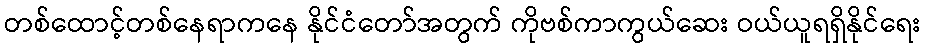
တစ်ထောင့်တစ်နေရာကနေ နိုင်ငံတော်အတွက် ကိုဗစ်ကာကွယ်ဆေး ဝယ်ယူရရှိနိုင်ရေး